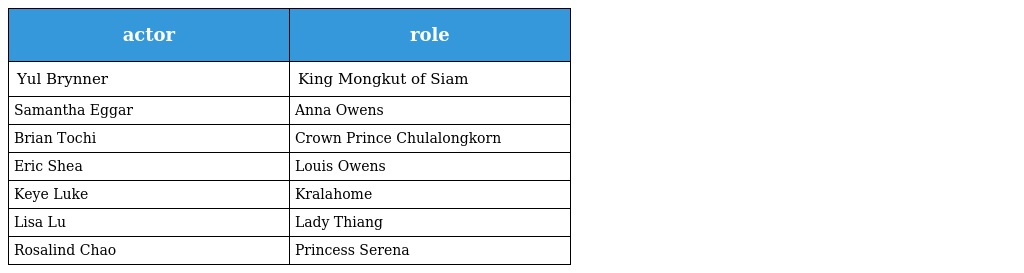
| actor | role |
 | --- | --- |
 | Yul Brynner | King Mongkut of Siam |
 | Samantha Eggar | Anna Owens |
 | Brian Tochi | Crown Prince Chulalongkorn |
 | Eric Shea | Louis Owens |
 | Keye Luke | Kralahome |
 | Lisa Lu | Lady Thiang |
 | Rosalind Chao | Princess Serena |